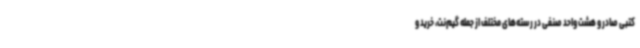
کتبی صادر و هشت واحد صنفی در رسته‌های مختلف از جمله گیم‌نت، خرید و